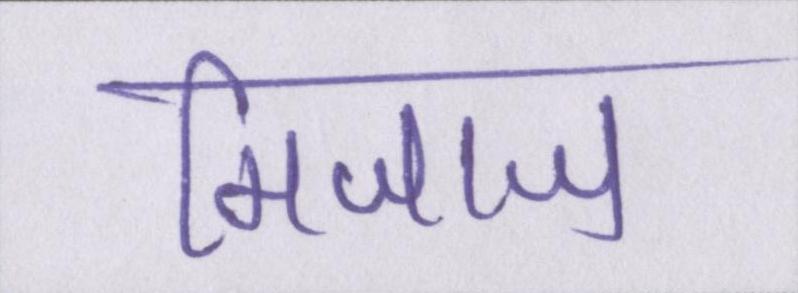
मिजाज